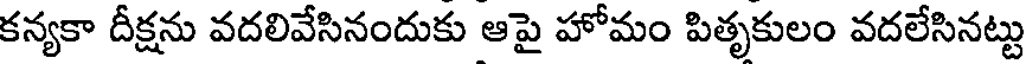
కన్యకా దీక్షను వదలివేసినందుకు ఆపై హోమం పితృకులం వదలేసినట్టు